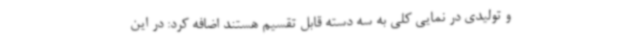
و تولیدی در نمایی کلی به سه دسته قابل تقسیم هستند اضافه کرد: در این